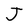
Character: J